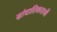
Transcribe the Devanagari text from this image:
सांघातिकताओं